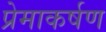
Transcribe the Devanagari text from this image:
प्रेमाकर्षण